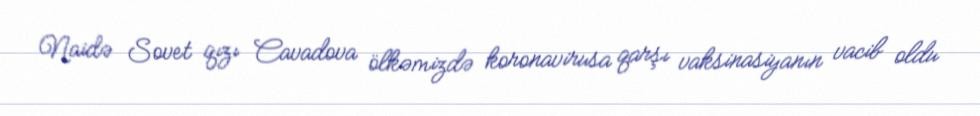
Naidə Sovet qızı Cavadova ölkəmizdə koronavirusa qarşı vaksinasiyanın vacib oldu